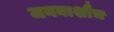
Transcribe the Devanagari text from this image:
जननाशौच